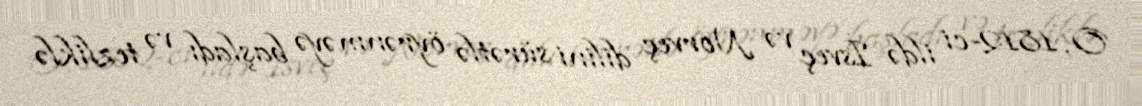
O, 1812-ci ildə İsveç və Norveç dilini sürətlə öyrənməyə başladı və tezliklə